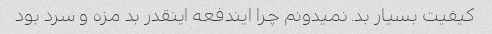
کیفیت بسیار بد. نمیدونم چرا ایندفعه اینقدر بد مزه و سرد بود